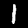
Digit: 1